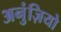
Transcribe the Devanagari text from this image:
अनुंज़ियो